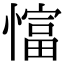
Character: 𢠲